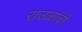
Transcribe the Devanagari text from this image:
राउळांची